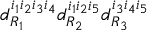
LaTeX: d _ { R _ { 1 } } ^ { i _ { 1 } i _ { 2 } i _ { 3 } i _ { 4 } } d _ { R _ { 2 } } ^ { i _ { 1 } i _ { 2 } i _ { 5 } } d _ { R _ { 3 } } ^ { i _ { 3 } i _ { 4 } i _ { 5 } }